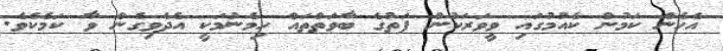
އެހެން ކަމުން ކެއުމުގައި ވީވަރަކުން ފަތުގެ ބާވަތްތައް ހިމެނުމަކީ އެދެވިގެން ވާ ކަމެކެވެ.